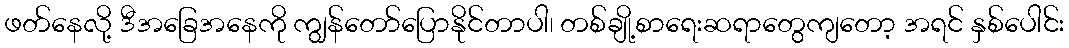
ဖတ်နေလို့ ဒီအခြေအနေကို ကျွန်တော်ပြောနိုင်တာပါ၊ တစ်ချို့စာရေးဆရာတွေကျတော့ အရင် နှစ်ပေါင်း